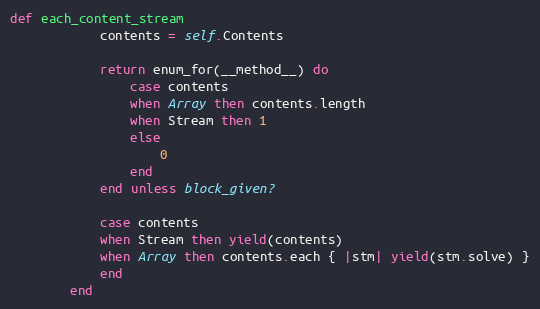
Language: Ruby
def each_content_stream
            contents = self.Contents

            return enum_for(__method__) do
                case contents
                when Array then contents.length
                when Stream then 1
                else
                    0
                end
            end unless block_given?

            case contents
            when Stream then yield(contents)
            when Array then contents.each { |stm| yield(stm.solve) }
            end
        end